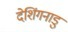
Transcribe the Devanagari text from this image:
देशिंगनाडु